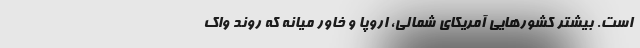
است. بیشتر کشورهایی آمریکای شمالی، اروپا و خاور میانه که روند واک